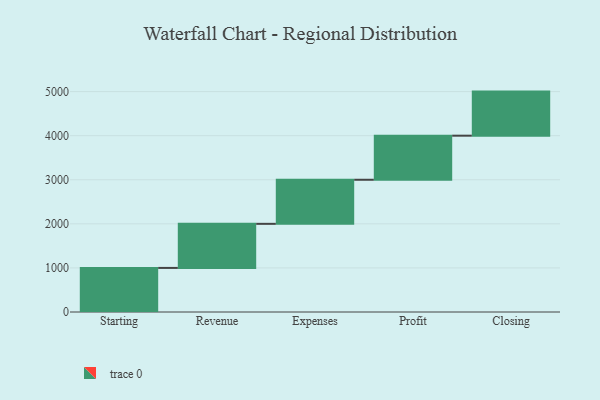
{"axis": {"x": "Step", "y": "Value"}, "legend": [""], "data": [{"x": "Starting", "y": 1000, "type": ""}, {"x": "Revenue", "y": 1000, "type": ""}, {"x": "Expenses", "y": 1000, "type": ""}, {"x": "Profit", "y": 1000, "type": ""}, {"x": "Closing", "y": 1000, "type": ""}]}